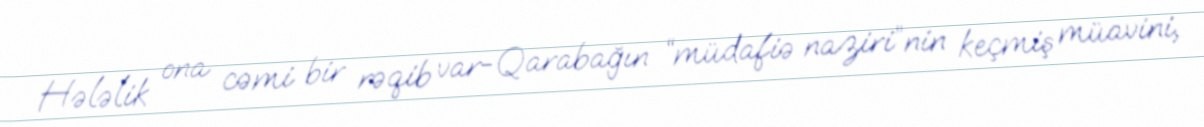
Hələlik ona cəmi bir rəqib var-Qarabağın “müdafiə naziri”nin keçmiş müavini,